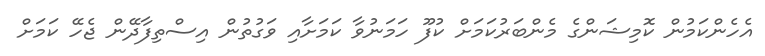
އެހެންކަމުން ކޮމިޝަންގެ މެންބަރުކަމަށް ކުފޫ ހަމަނުވާ ކަމަށާއި ވަގުތުން އިސްތިފާދޭން ޖެހޭ ކަަމަށް